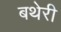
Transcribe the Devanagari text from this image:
बथेरी